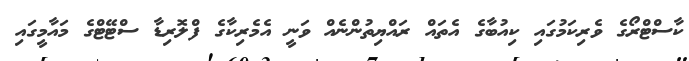
ކާސްޓްރޯގެ ވެރިކަމުގައި ކިއުބާގެ އެތައް ރައްޔިތުންނެއް ވަނީ އެމެރިކާގެ ފްލޮރިޑާ ސްޓޭޓްގެ މައާމީގައި